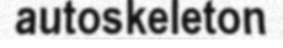
autoskeleton